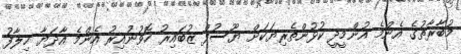
މުބާރާތުގެ އެންމެ އުންމީދީ ކުޅުންތެރިޔަކަށް ޔޫސުފް ޒުބައިރު ހޮވުނުއިރު އެންމެ އާދަޔާ ހިލާފު